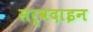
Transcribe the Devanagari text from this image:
सर्वदाइन